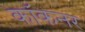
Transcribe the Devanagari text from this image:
कॉकनर